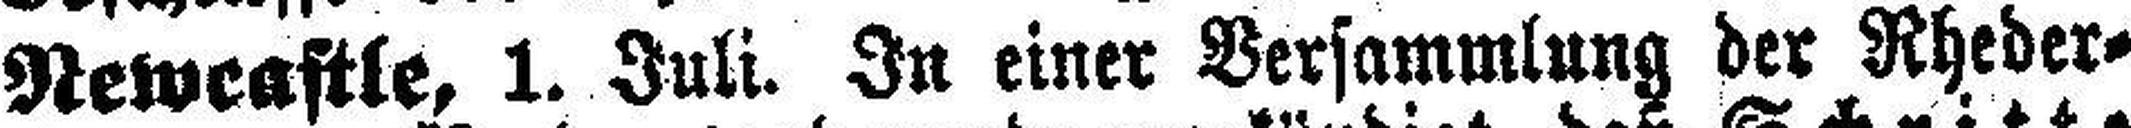
Newcastle, 1. Juli. In einer Versammlung der Rheder¬